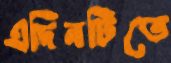
এদিনটিতে